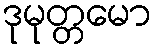
ဒုမုတ္တမော